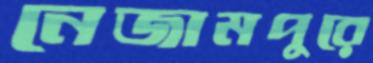
নেজামপুরে